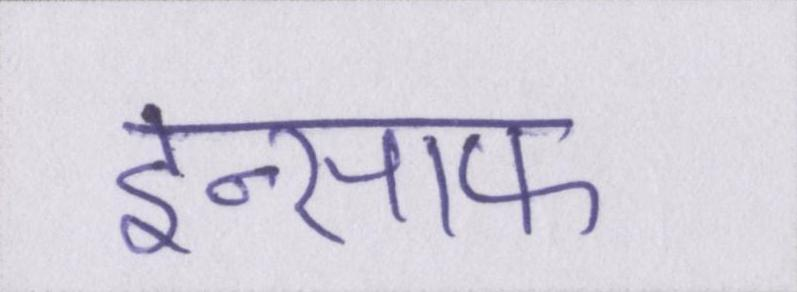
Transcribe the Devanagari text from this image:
इन्साफ